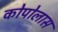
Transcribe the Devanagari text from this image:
कोपोलास